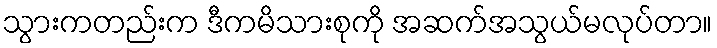
သွားကတည်းက ဒီကမိသားစုကို အဆက်အသွယ်မလုပ်တာ။